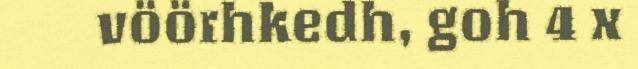
vöörhkedh, goh 4 x